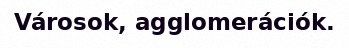
Városok, agglomerációk.